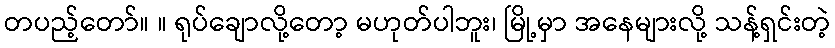
တပည့်တော်။ ။ ရုပ်ချောလို့တော့ မဟုတ်ပါဘူး၊ မြို့မှာ အနေများလို့ သန့်ရှင်းတဲ့